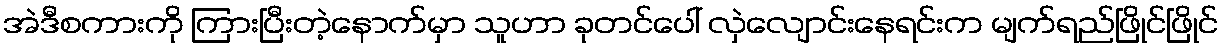
အဲဒီစကားကို ကြားပြီးတဲ့နောက်မှာ သူဟာ ခုတင်ပေါ် လှဲလျောင်းနေရင်းက မျက်ရည်ဖြိုင်ဖြိုင်